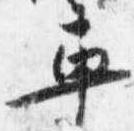
車